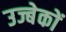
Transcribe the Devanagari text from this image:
उज्बेकों